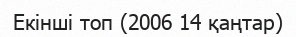
Екінші топ (2006 14 қаңтар)